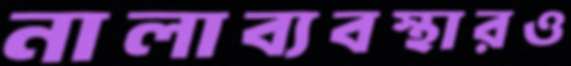
নালাব্যবস্থারও